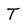
Character: T